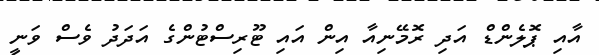
އާއި ޕޮލެންޑް އަދި ރޮމޭނިއާ އިން އައި ޓޫރިސްޓުންގެ އަދަދު ވެސް ވަނީ